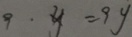
9 \cdot y = 9 y